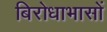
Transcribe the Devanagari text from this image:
बिरोधाभासों